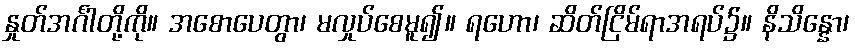
နှုတ်အင်္ဂါတို့ကို။ အစောပေတွာ၊ မလှုပ်စေမူ၍။ ရဟော၊ ဆိတ်ငြိမ်ရာအရပ်၌။ နိသိန္နော၊